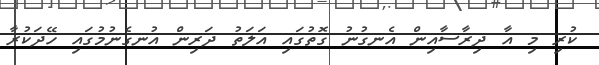
ކުރި މި އާ ދިރާސާއިން އެނގުނު ގޮތުގައި އަލަތު ދަރިން އުނގެނުމުގައި ހޭދަކުރާ